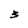
Character: 3